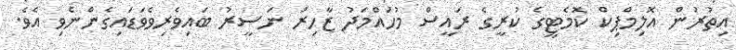
އިތުރުން އޮލިމްޕިކް ކޮމެޓީގެ ކުރީގެ ރައީސް މުހައްމަދު ޒާހިރު ނަސީރު ބައިވެރިވެވަޑައިގެންނެވި އެވެ.